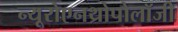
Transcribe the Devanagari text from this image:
न्यूरोएनथ्रोपोलॉजी